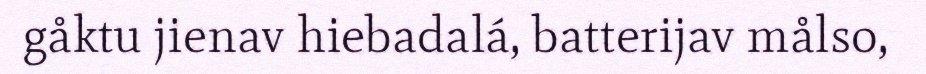
gåktu jienav hiebadalá, batterijav målso,